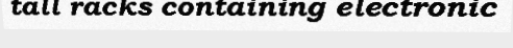
tall racks containing electronic